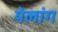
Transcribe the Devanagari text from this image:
येलांग